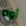
أوه